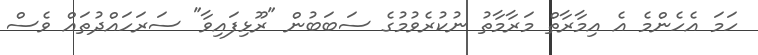
ހަމަ އެހެންމެ އެ އިމާރާތް މަރާމާތު ނުކުރެވުމުގެ ސަބަބުން "ރޫޅިފައިވާ" ސަރަހައްދުތައް ވެސް